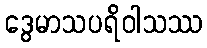
ဒွေမာသပရိဝါသဿ